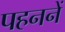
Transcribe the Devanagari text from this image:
पहननें